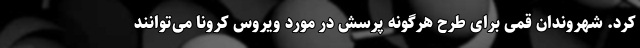
کرد. شهروندان قمی برای طرح هرگونه پرسش در مورد ویروس کرونا می‌توانند